65_HS1-834228961_62-HQ-83894_Section_8
Agency: FBI
Page 161
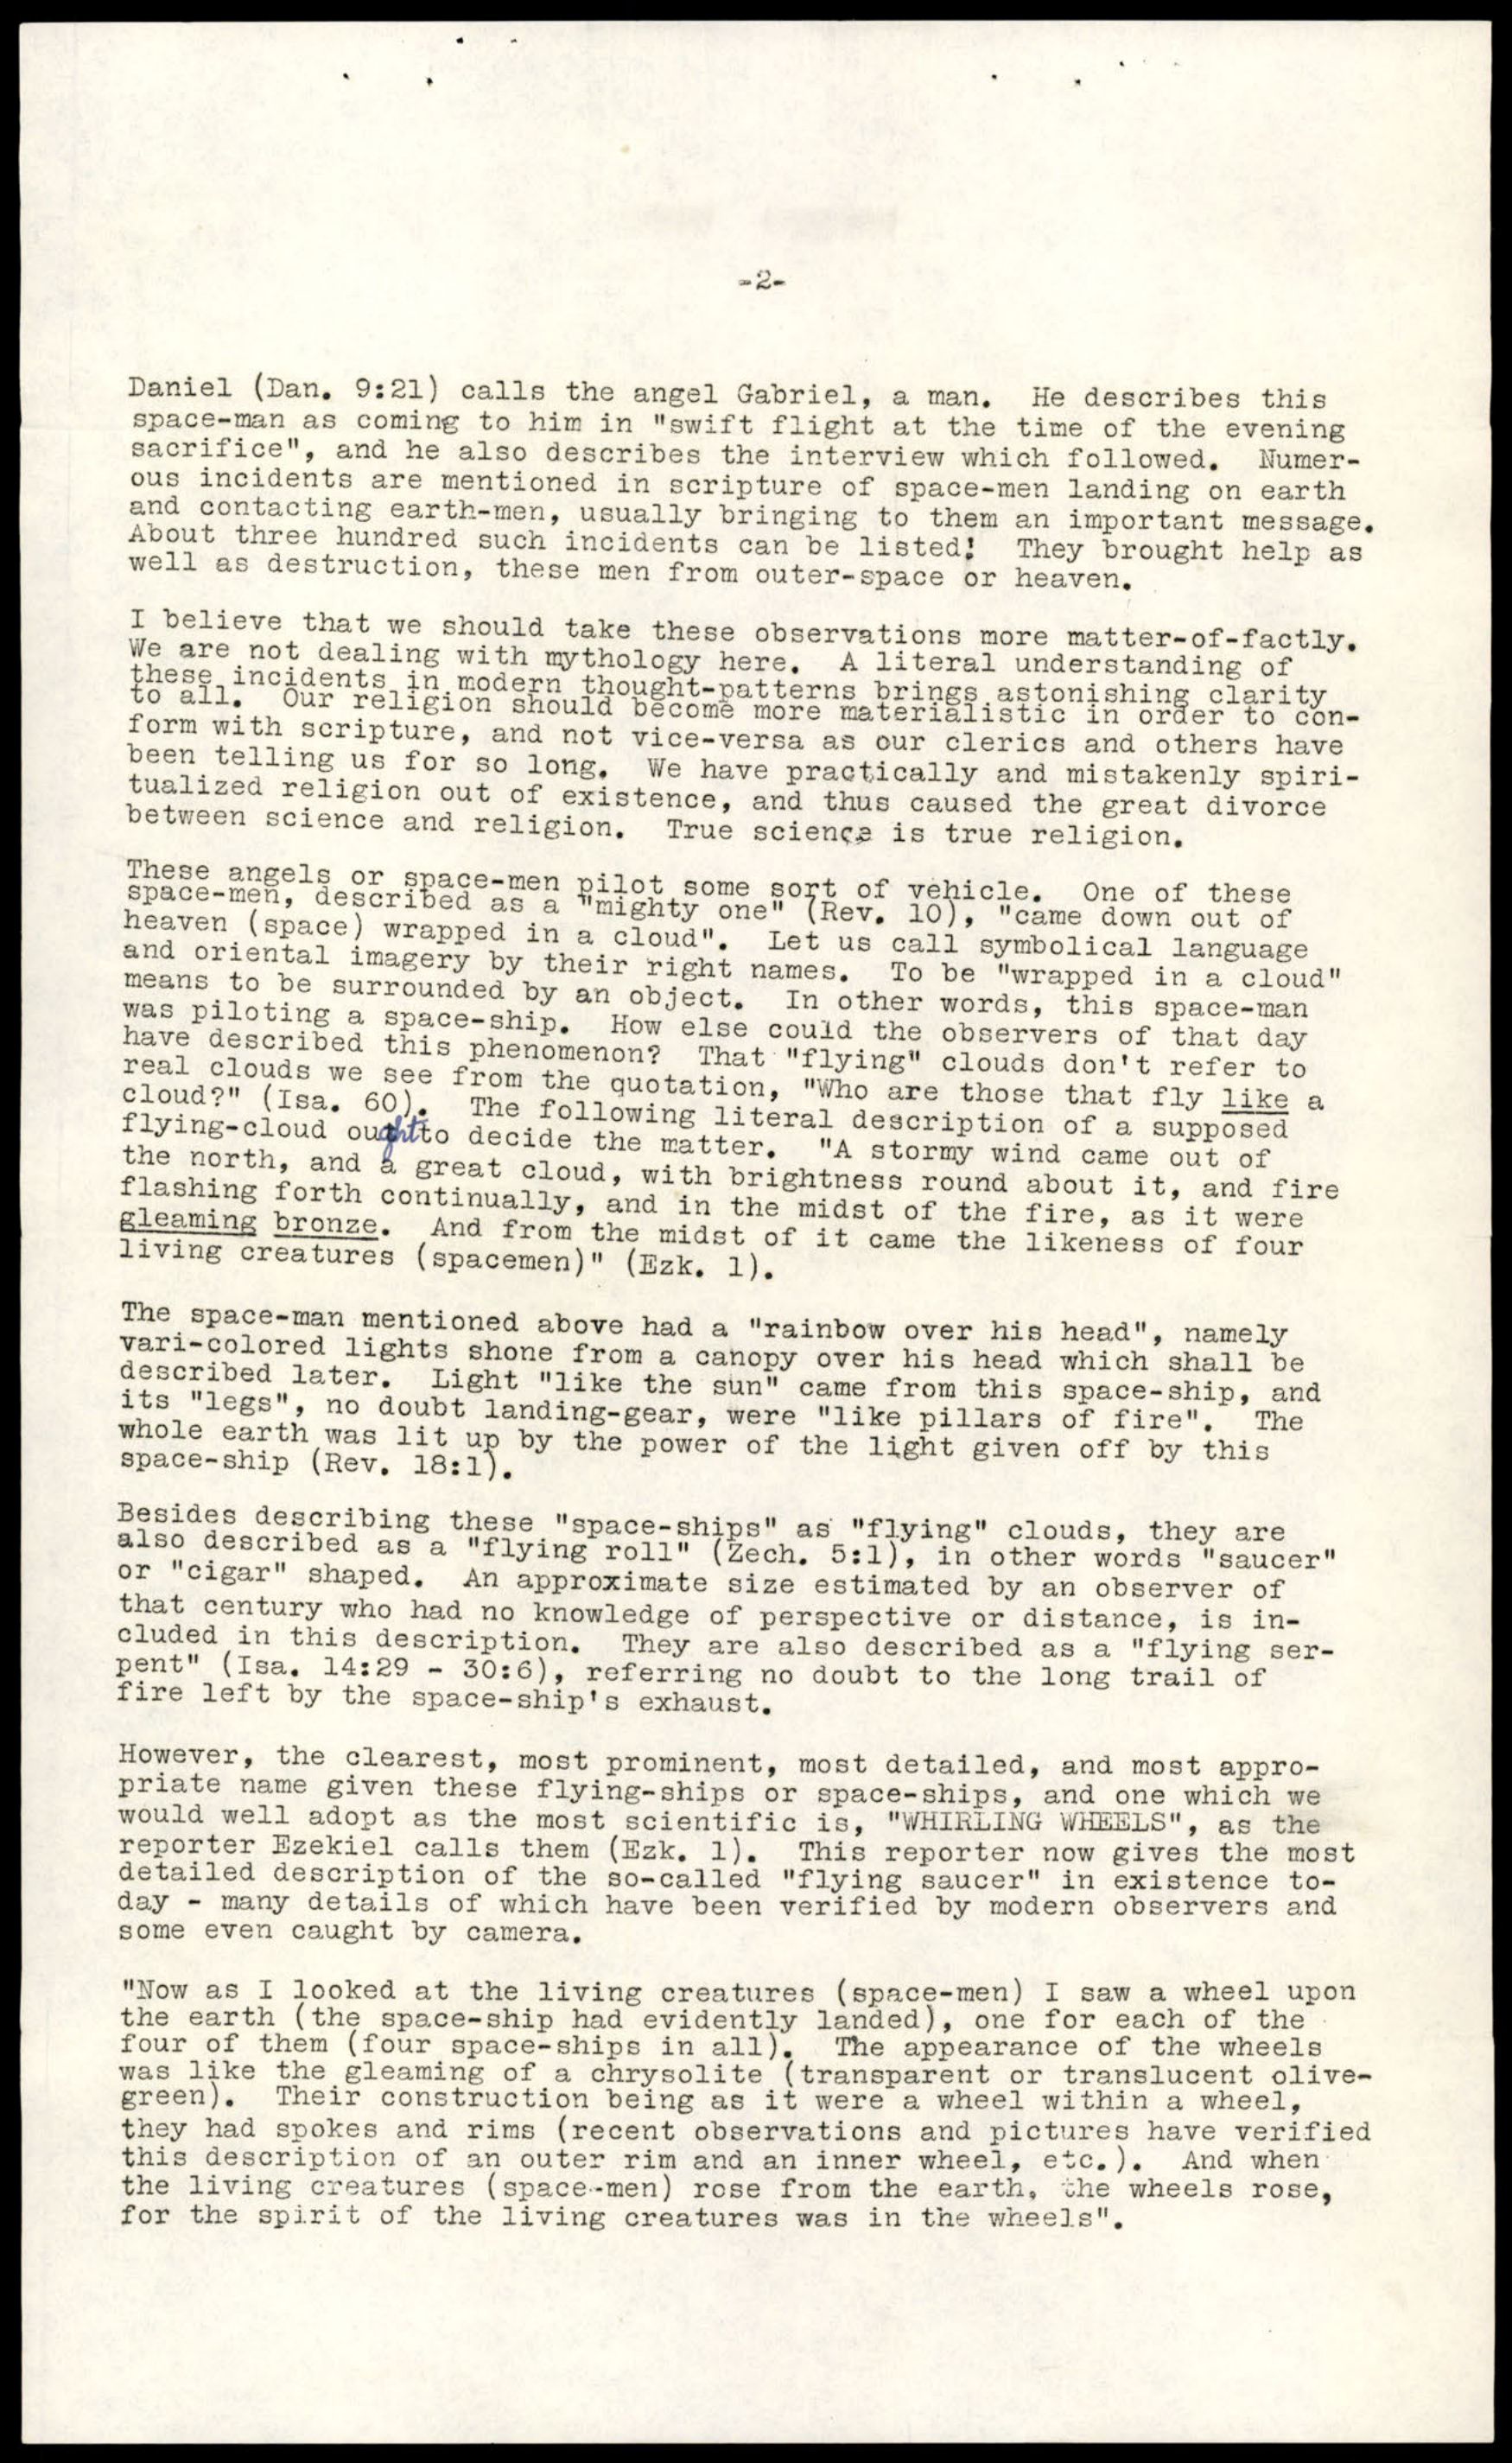